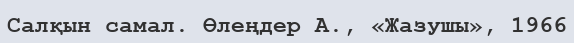
Салқын самал. Өлеңдер А., «Жазушы», 1966